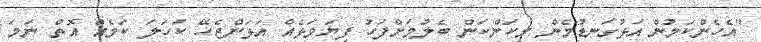
"އެހެންކަމުން އަޅުގަނޑުމެން މިކަންކަން ބެލުމަށްފަހު ފިޔަަވަޅެއް އަޅަންޖެހޭ ކަހަލަ ކަމެއް އޮތް ނަމަ